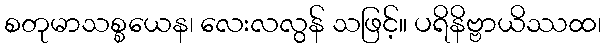
စတုမာသစ္စယေန၊ လေးလလွန် သဖြင့်။ ပရိနိဗ္ဗာယိဿထ၊